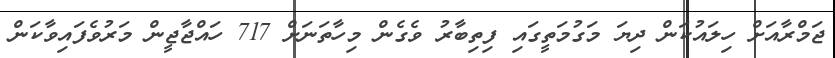
ޖަމްރާއަށް ހިލައުކަން ދިޔަ މަގުމަތީގައި ފިތިބާރު ވެގެން މިހާތަނަށް 717 ހައްޖާޖީން މަރުވެފައިވާކަން